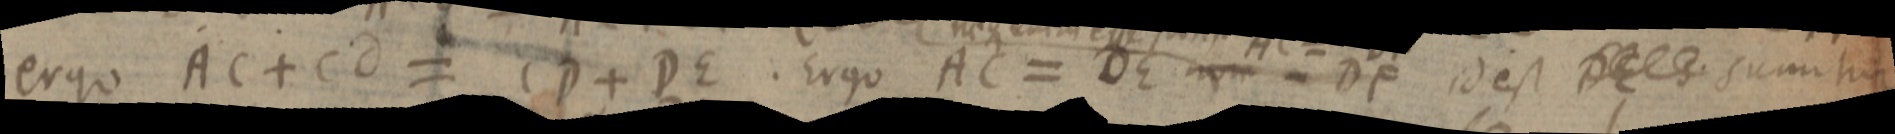
ergo AC + Cd = CD + DE. Ergo AC = DE nam - DF id est DE s sumitur